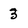
Character: 3